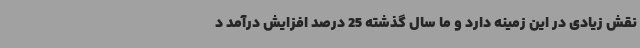
نقش زیادی در این زمینه دارد و ما سال گذشته 25 درصد افزایش درآمد د